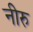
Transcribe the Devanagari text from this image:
नीरु